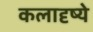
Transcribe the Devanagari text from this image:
कलादृष्ये